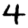
Digit: 4